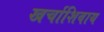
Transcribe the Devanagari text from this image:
खर्चाशिवाय